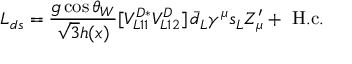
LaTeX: { \cal L } _ { d s } = \frac { g \cos \theta _ { W } } { \sqrt { 3 } h ( x ) } [ V _ { L 1 1 } ^ { D * } V _ { L 1 2 } ^ { D } ] \, \bar { d } _ { L } \gamma ^ { \mu } s _ { L } Z _ { \mu } ^ { \prime } + \mathrm { ~ H . c . }